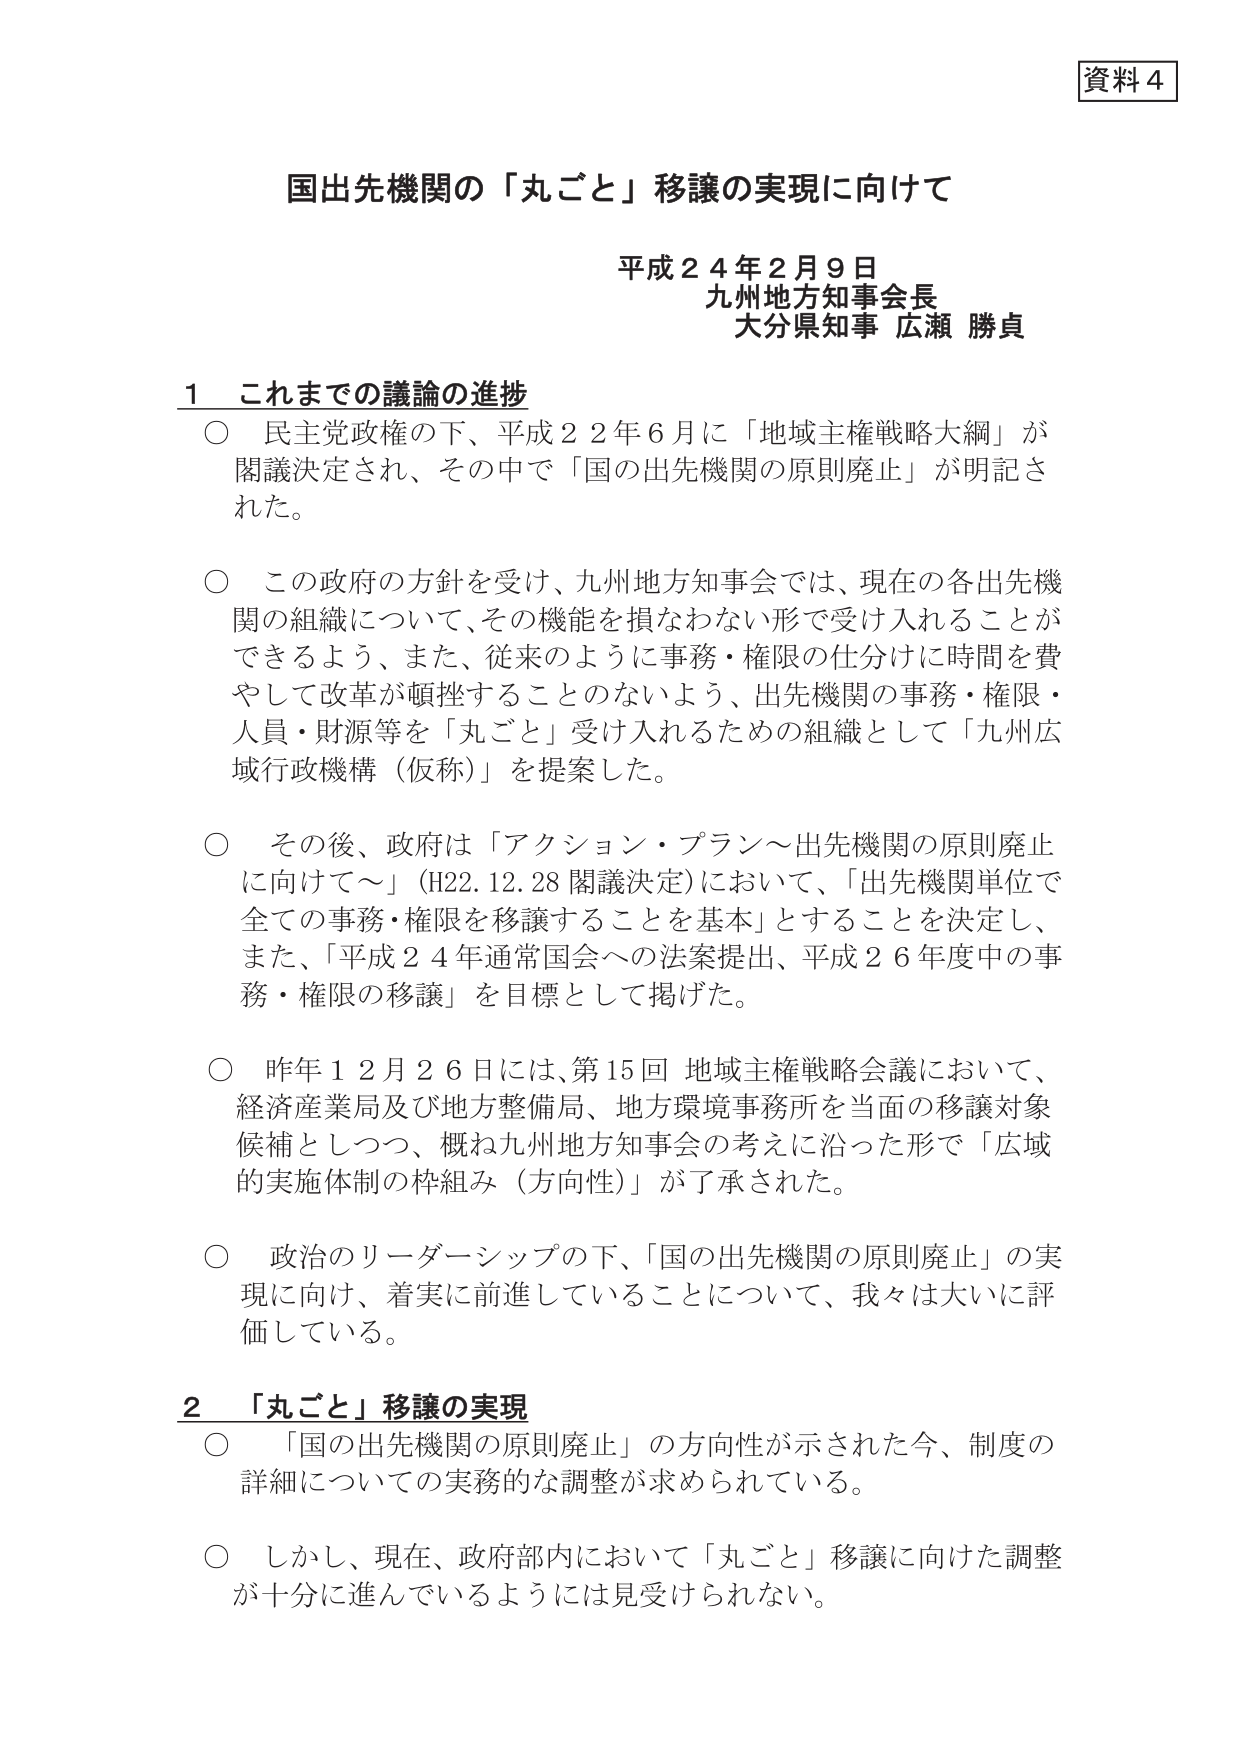
資料４

国出先機関の「丸ごと」移譲の実現に向けて

平成２４年２月９日
九州地方知事会長
大分県知事 広瀬 勝貞

１ これまでの議論の進捗

○ 民主党政権の下、平成２２年６月に「地域主権戦略大綱」が
閣議決定され、その中で「国の出先機関の原則廃止」が明記さ
れた。

○ この政府の方針を受け、九州地方知事会では、現在の各出先機
関の組織について、その機能を損なわない形で受け入れることが
できるよう、また、従来のように事務・権限の仕分けに時間を費
やして改革が頓挫することのないよう、出先機関の事務・権限・
人員・財源等を「丸ごと」受け入れるための組織として「九州広
域行政機構（仮称）」を提案した。

○ その後、政府は「アクション・プラン～出先機関の原則廃止
に向けて～」（H22.12.28 閣議決定）において、「出先機関単位で
全ての事務・権限を移譲することを基本」とすることを決定し、
また、「平成２４年通常国会への法案提出、平成２６年度中の事
務・権限の移譲」を目標として掲げた。

○ 昨年１２月２６日には、第15回 地域主権戦略会議において、
経済産業局及び地方整備局、地方環境事務所を当面の移譲対象
候補としつつ、概ね九州地方知事会の考えに沿った形で「広域
的実施体制の枠組み（方向性）」が了承された。

○ 政治のリーダーシップの下、「国の出先機関の原則廃止」の実
現に向け、着実に前進していることについて、我々は大いに評
価している。

２ 「丸ごと」移譲の実現

○ 「国の出先機関の原則廃止」の方向性が示された今、制度の
詳細についての実務的な調整が求められている。

○ しかし、現在、政府部内において「丸ごと」移譲に向けた調整
が十分に進んでいるようには見受けられない。